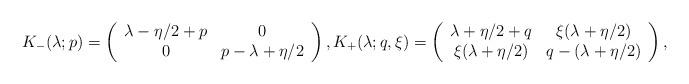
LaTeX: \begin{align*}K_{-}(\lambda ;p)=\left( \begin{array}{cc}\lambda -\eta /2+p & 0 \\ 0 & p-\lambda +\eta /2\end{array}\right) ,K_{+}(\lambda ;q,\xi )=\left( \begin{array}{cc}\lambda +\eta /2+q & \xi (\lambda +\eta /2) \\ \xi (\lambda +\eta /2) & q-(\lambda +\eta /2)\end{array}\right) ,\end{align*}